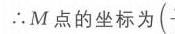
\(\therefore M\)点的坐标为\((-\)